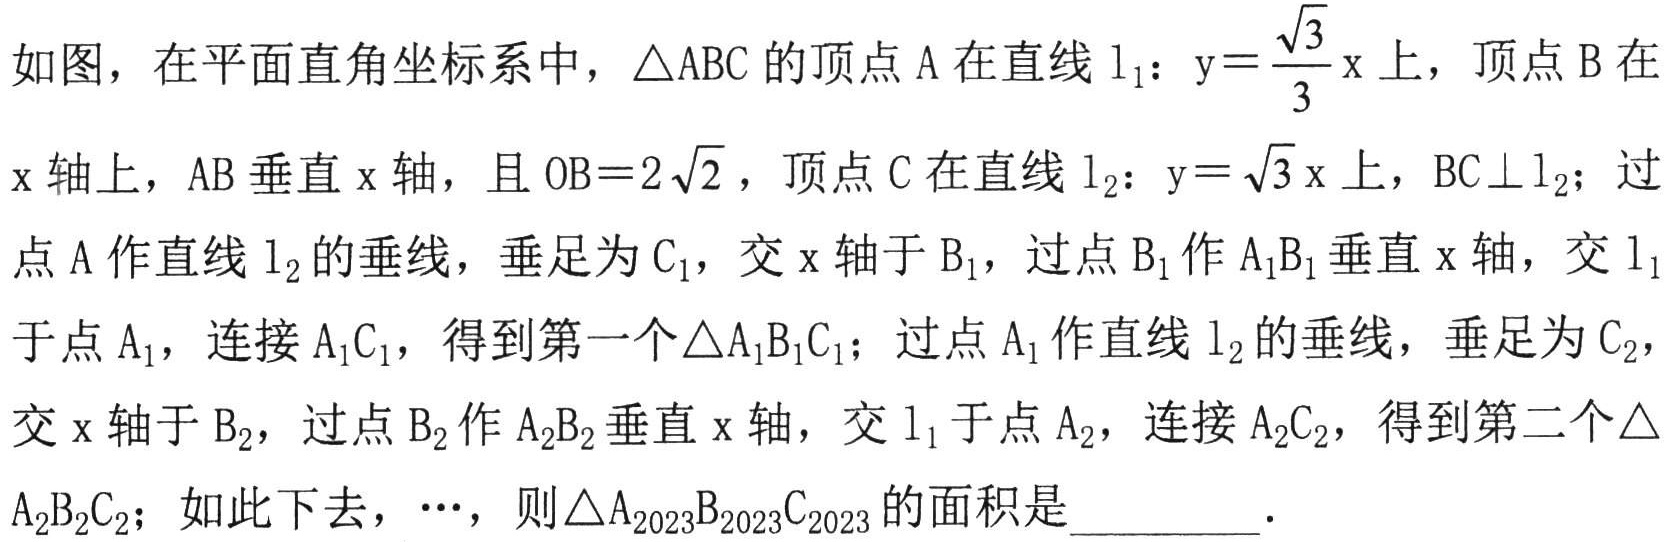
如图，在平面直角坐标系中，$\triangle ABC$的顶点$\mathrm{A}$在直线$\mathrm{l}_{1}$：$y = \dfrac{\sqrt{3}}{3}x$上，顶点$\mathrm{B}$在
$x$轴上，$\mathrm{A}\mathrm{B}$垂直$x$轴，且$\mathrm{O}\mathrm{B}=2\sqrt{2}$，顶点$\mathrm{C}$在直线$\mathrm{l}_{2}$：$y = \sqrt{3}x$上，$\mathrm{B}\mathrm{C}\perp\mathrm{l}_{2}$；过
点$\mathrm{A}$作直线$\mathrm{l}_{2}$的垂线，垂足为$\mathrm{C}_{1}$，交$x$轴于$\mathrm{B}_{1}$，过点$\mathrm{B}_{1}$作$\mathrm{A}_{1}\mathrm{B}_{1}$垂直$x$轴，交$\mathrm{l}_{1}$
于点$\mathrm{A}_{1}$，连接$\mathrm{A}_{1}\mathrm{C}_{1}$，得到第一个$\triangle\mathrm{A}_{1}\mathrm{B}_{1}\mathrm{C}_{1}$；过点$\mathrm{A}_{1}$作直线$\mathrm{l}_{2}$的垂线，垂足为$\mathrm{C}_{2}$，
交$x$轴于$\mathrm{B}_{2}$，过点$\mathrm{B}_{2}$作$\mathrm{A}_{2}\mathrm{B}_{2}$垂直$x$轴，交$\mathrm{l}_{1}$于点$\mathrm{A}_{2}$，连接$\mathrm{A}_{2}\mathrm{C}_{2}$，得到第二个$\triangle$
$\mathrm{A}_{2}\mathrm{B}_{2}\mathrm{C}_{2}$；如此下去，$\cdots$，则$\triangle\mathrm{A}_{2023}\mathrm{B}_{2023}\mathrm{C}_{2023}$的面积是  ．